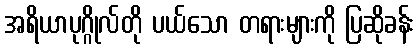
အရိယာပုဂ္ဂိုလ်တို ပယ်သော တရားများကို ပြဆိုခန်း